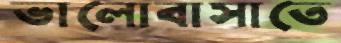
ভালোবাসাতে